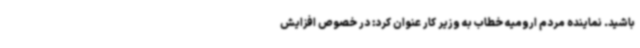
باشید. نماینده مردم ارومیه خطاب به وزیر کار عنوان کرد: ‌در خصوص افزایش